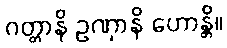
ဂတ္တာနိ ဥဏှာနိ ဟောန္တိ။